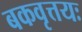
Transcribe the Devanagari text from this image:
बकवृत्तयः